system: You are a helpful assistant.
user:
Analyze the provided spectrum to determine if it is a **S-type Star**.

- **Key Indicators for S-type Star:**

    - **(Overall Spectrum Shape):** The first and most obvious characteristic is the overall continuum (the "baseline" shape). It is **extremely "red-sloping,"** meaning the flux (light intensity) is very low on the left side (blue, ~4000-4500 Å) and rises steeply and continuously toward the right side (red, ~7000 Å+).

    - **(Primary):** The spectrum is defined by the presence of strong, broad molecular absorption "valleys" (bands) from **Zirconium Oxide (ZrO)**. The identification of these bands is the **primary requirement** for classifying a star as S-type.
        - **(Key Bandheads):** You must find distinct, deep "dips" where the light has been absorbed. The most critical band systems to locate are:
            - **~6474 Å** ($\gamma$-system): This is often the strongest and clearest ZrO feature, found in the red part of the spectrum.
            - **~5718 Å** & **~5551 Å** ($\beta$-system): A pair of prominent absorption features in the yellow-orange part of the spectrum.
            - **~4640 Å** ($\alpha$-system): A key absorption band system in the blue-green region of the spectrum.

    - **(Secondary Confirmation):** The classification is strengthened by finding additional absorption bands from other related heavy element oxides, which are expected to be present alongside ZrO.
        - **(Key Bandheads):**
            - **Yttrium Oxide (YO):** Look for absorption dips near **~4800 Å** and **~6100 Å**.
            - **Lanthanum Oxide (LaO):** Additional absorption features, particularly in the red-orange part of the spectrum, are also characteristic.

    - **(Line Profile):** The combination of the steep red continuum and these numerous, deep molecular bands (ZrO, YO, etc.) gives the entire spectrum a very **"chopped-up"** or **"bumpy"** appearance. Instead of a smooth curve, the spectrum looks as though large, wide chunks of light have been "carved out" of it at the specific wavelengths listed above.

Think first, call **spectral_visualization_tool** if needed to examine features in detail, then provide your final answer. Your response must adhere to the following strict rules:
1.  **Overall Structure:** Your response must follow the format `<think>...</think> <tool_call>...</tool_call> (if a tool is used) <answer>...</answer>`.
2.  **Tool Usage Constraint:** You may only make **one** tool call per turn.
3.  **Final Answer Format:** In the `<answer>` tag, your conclusion must be inside a `\boxed{}` command (e.g., `\boxed{YES}` or `\boxed{NO}`), followed by your justification.

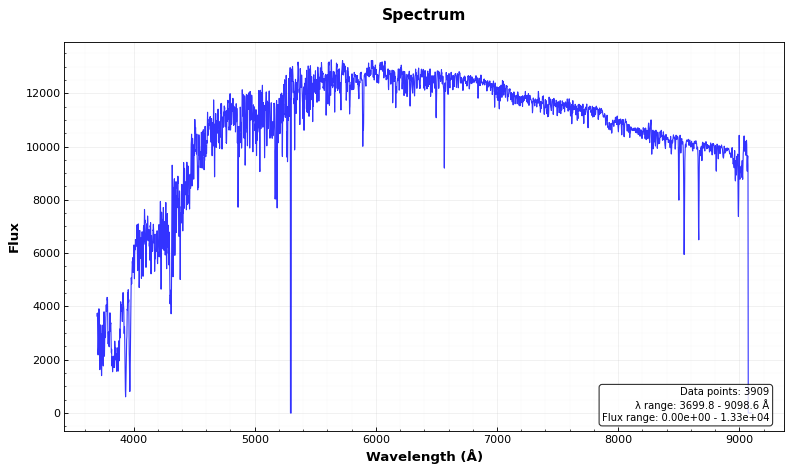
Answer: NO